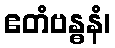
ဧတံဗန္ဓနံ၊